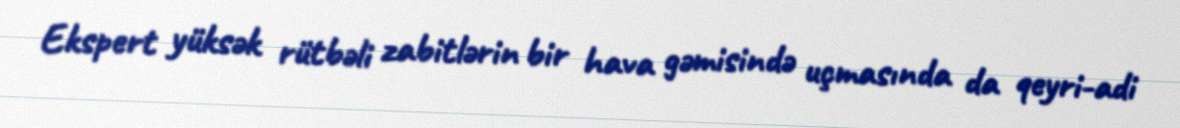
Ekspert yüksək rütbəli zabitlərin bir hava gəmisində uçmasında da qeyri-adi